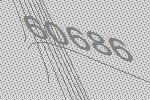
60686